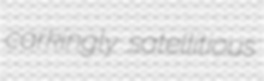
carkingly satellitious